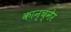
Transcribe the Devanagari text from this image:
कान्च्नेर